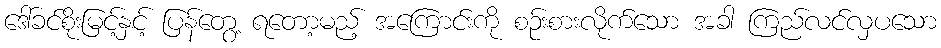
ဒေါ်ခင်စိုးမြင့်နှင့် ပြန်တွေ့ ရတော့မည့် အကြောင်းကို စဉ်းစားလိုက်သော အခါ ကြည်လင်လှပသော